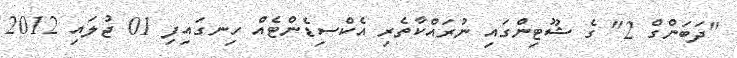
"ދަބަންގް 2" ގެ ޝޫޓިންގައި ނުރައްކާތެރި އެކްސިޑެންޓެއް ހިނގައިފި 01 ޖުލައި 2012